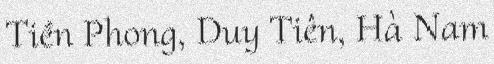
Tiền Phong, Duy Tiên, Hà Nam